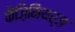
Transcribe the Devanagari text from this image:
कैज़िमियर्ज़